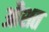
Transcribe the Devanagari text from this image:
औशत